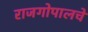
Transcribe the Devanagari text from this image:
राजगोपालचे